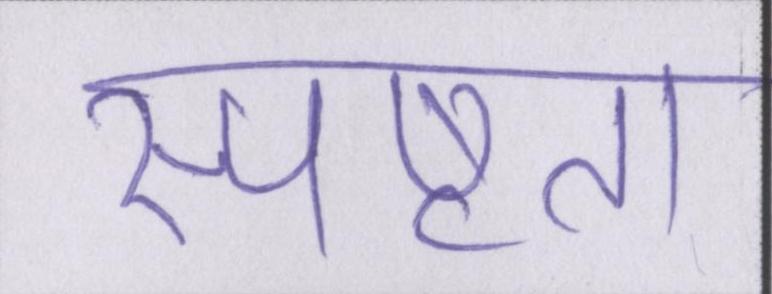
स्पष्टता